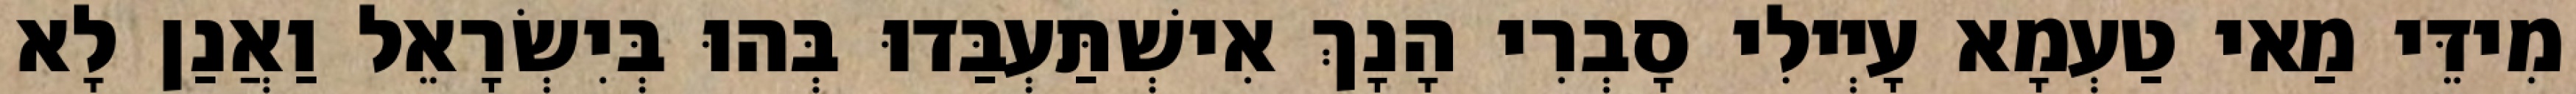
מִידֵּי מַאי טַעְמָא עָיְילִי סָבְרִי הָנָךְ אִישְׁתַּעְבַּדוּ בְּהוּ בְּיִשְׂרָאֵל וַאֲנַן לָא